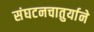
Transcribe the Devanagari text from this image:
संघटनचातुर्याने